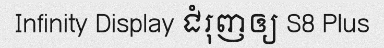
Infinity Display ជំរុញឲ្យ S8 Plus